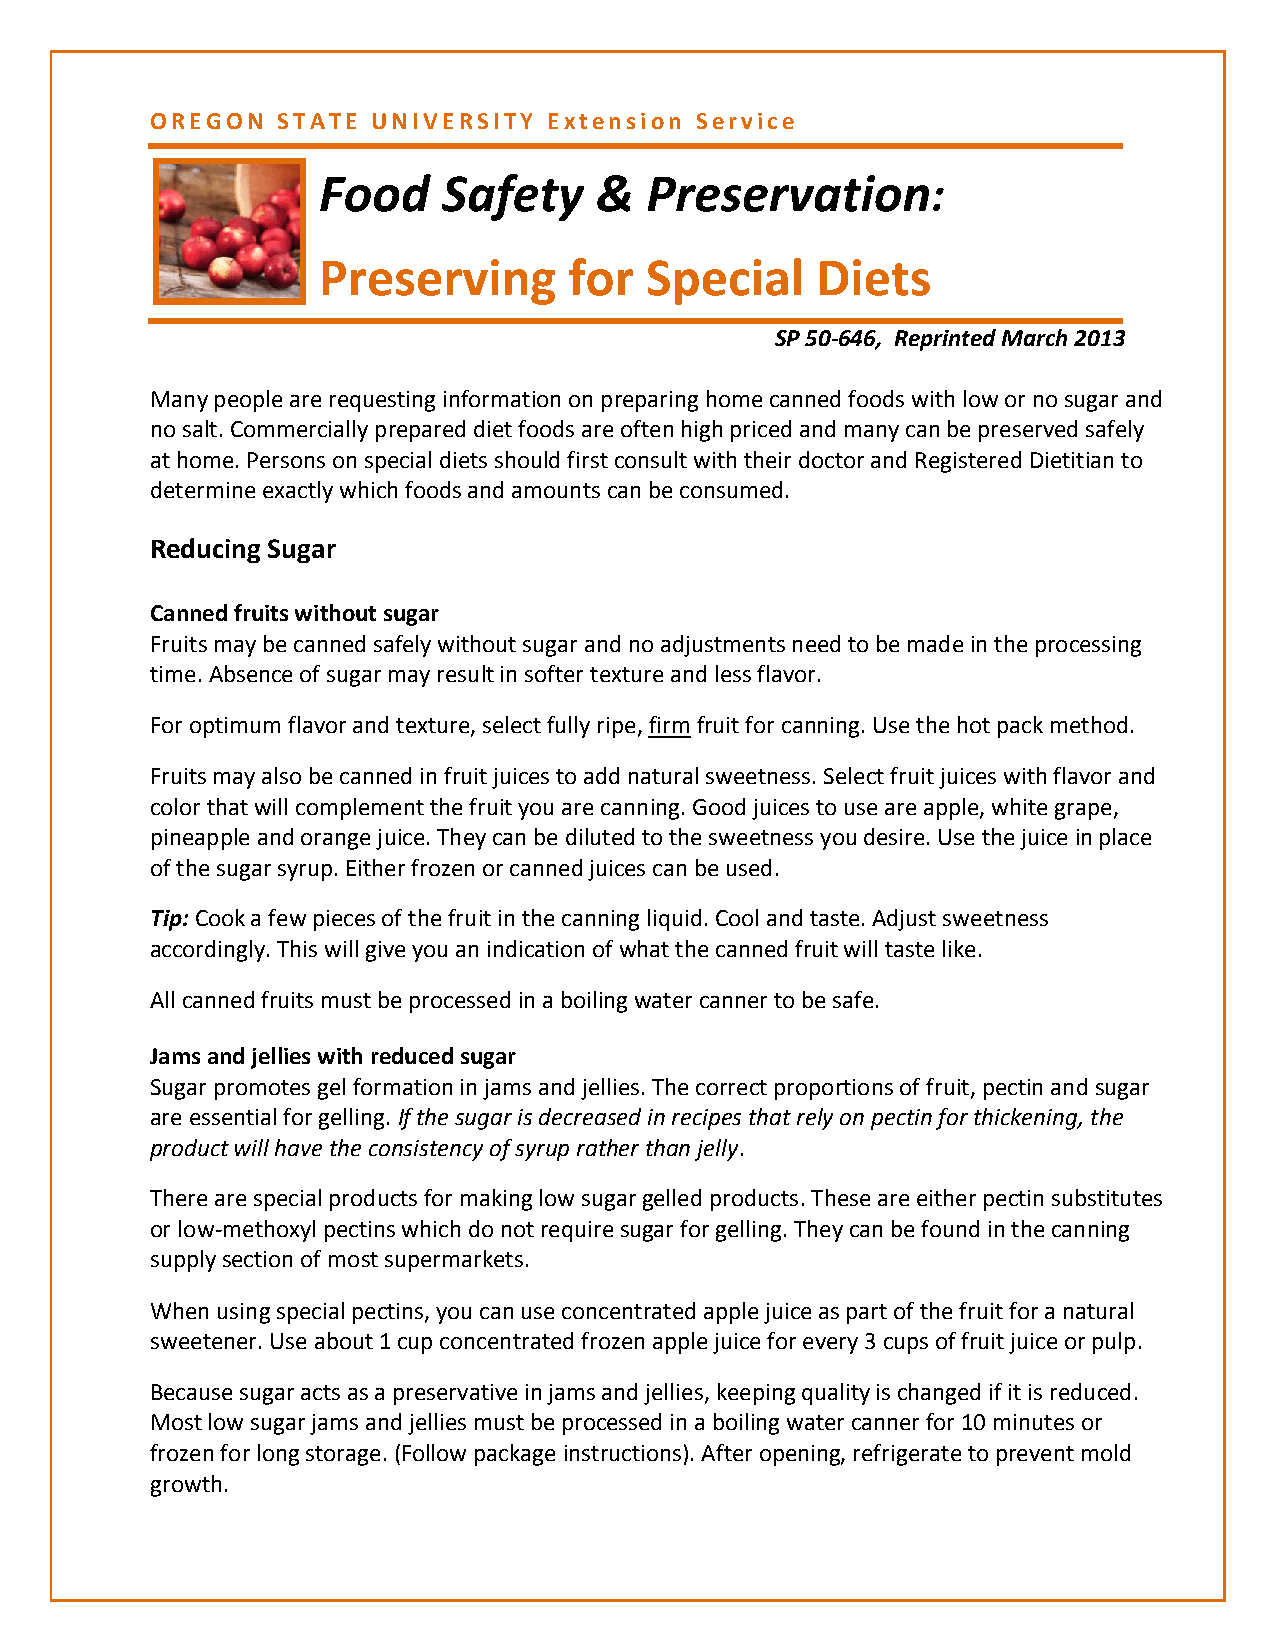
OREGON  STATE  UNIVERSITY Extension Service
 Food    Safety    &   Preservation:
 Preserving       for  Special    Diets
 SP 50-646, Reprinted March 2013
 Many people are requesting information on preparing home canned foods with low or no sugar and
 no salt. Commercially prepared diet foods are often high priced and many can be preserved safely
 at home. Persons on special diets should first consult with their doctor and Registered Dietitian to
 determine exactly which foods and amounts can be consumed.
 Reducing Sugar
 Canned fruits without sugar
 Fruits may be canned safely without sugar and no adjustments need to be made in the processing
 time. Absence of sugar may result in softer texture and less flavor.
 For optimum flavor and texture, select fully ripe, firm fruit for canning. Use the hot pack method.
 Fruits may also be canned in fruit juices to add natural sweetness. Select fruit juices with flavor and
 color that will complement the fruit you are canning. Good juices to use are apple, white grape,
 pineapple and orange juice. They can be diluted to the sweetness you desire. Use the juice in place
 of the sugar syrup. Either frozen or canned juices can be used.
 Tip: Cook a few pieces of the fruit in the canning liquid. Cool and taste. Adjust sweetness
 accordingly. This will give you an indication of what the canned fruit will taste like.
 All canned fruits must be processed in a boiling water canner to be safe.
 Jams and jellies with reduced sugar
 Sugar promotes gel formation in jams and jellies. The correct proportions of fruit, pectin and sugar
 are essential for gelling. If the sugar is decreased in recipes that rely on pectin for thickening, the
 product will have the consistency of syrup rather than jelly.
 There are special products for making low sugar gelled products. These are either pectin substitutes
 or low-methoxyl pectins which do not require sugar for gelling. They can be found in the canning
 supply section of most supermarkets.
 When using special pectins, you can use concentrated apple juice as part of the fruit for a natural
 sweetener. Use about 1 cup concentrated frozen apple juice for every 3 cups of fruit juice or pulp.
 Because sugar acts as a preservative in jams and jellies, keeping quality is changed if it is reduced.
 Most low sugar jams and jellies must be processed in a boiling water canner for 10 minutes or
 frozen for long storage. (Follow package instructions). After opening, refrigerate to prevent mold
 growth.